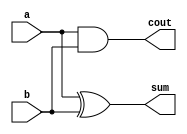



`timescale 1ns / 1ps
//////////////////////////////////////////////////////////////////////////////////
// 
// 
// Create Date:    
// Design Name:    
// Module Name:     
// Project Name: 
// Target Devices: 
// Tool versions: 
// Description: 
//
// Dependencies: 
//
// Revision: 
// Revision 0.01 - File Created
// Additional Comments: 
//
//////////////////////////////////////////////////////////////////////////////////
//

module HalfAdder 
  (
   a,
   b,
   sum,
   cout
   );
 
  input  a;
  input  b;
  output sum;
  output cout;
 
  assign sum   = a ^ b;  // bitwise xor
  assign cout = a & b;  // bitwise and
 
endmodule